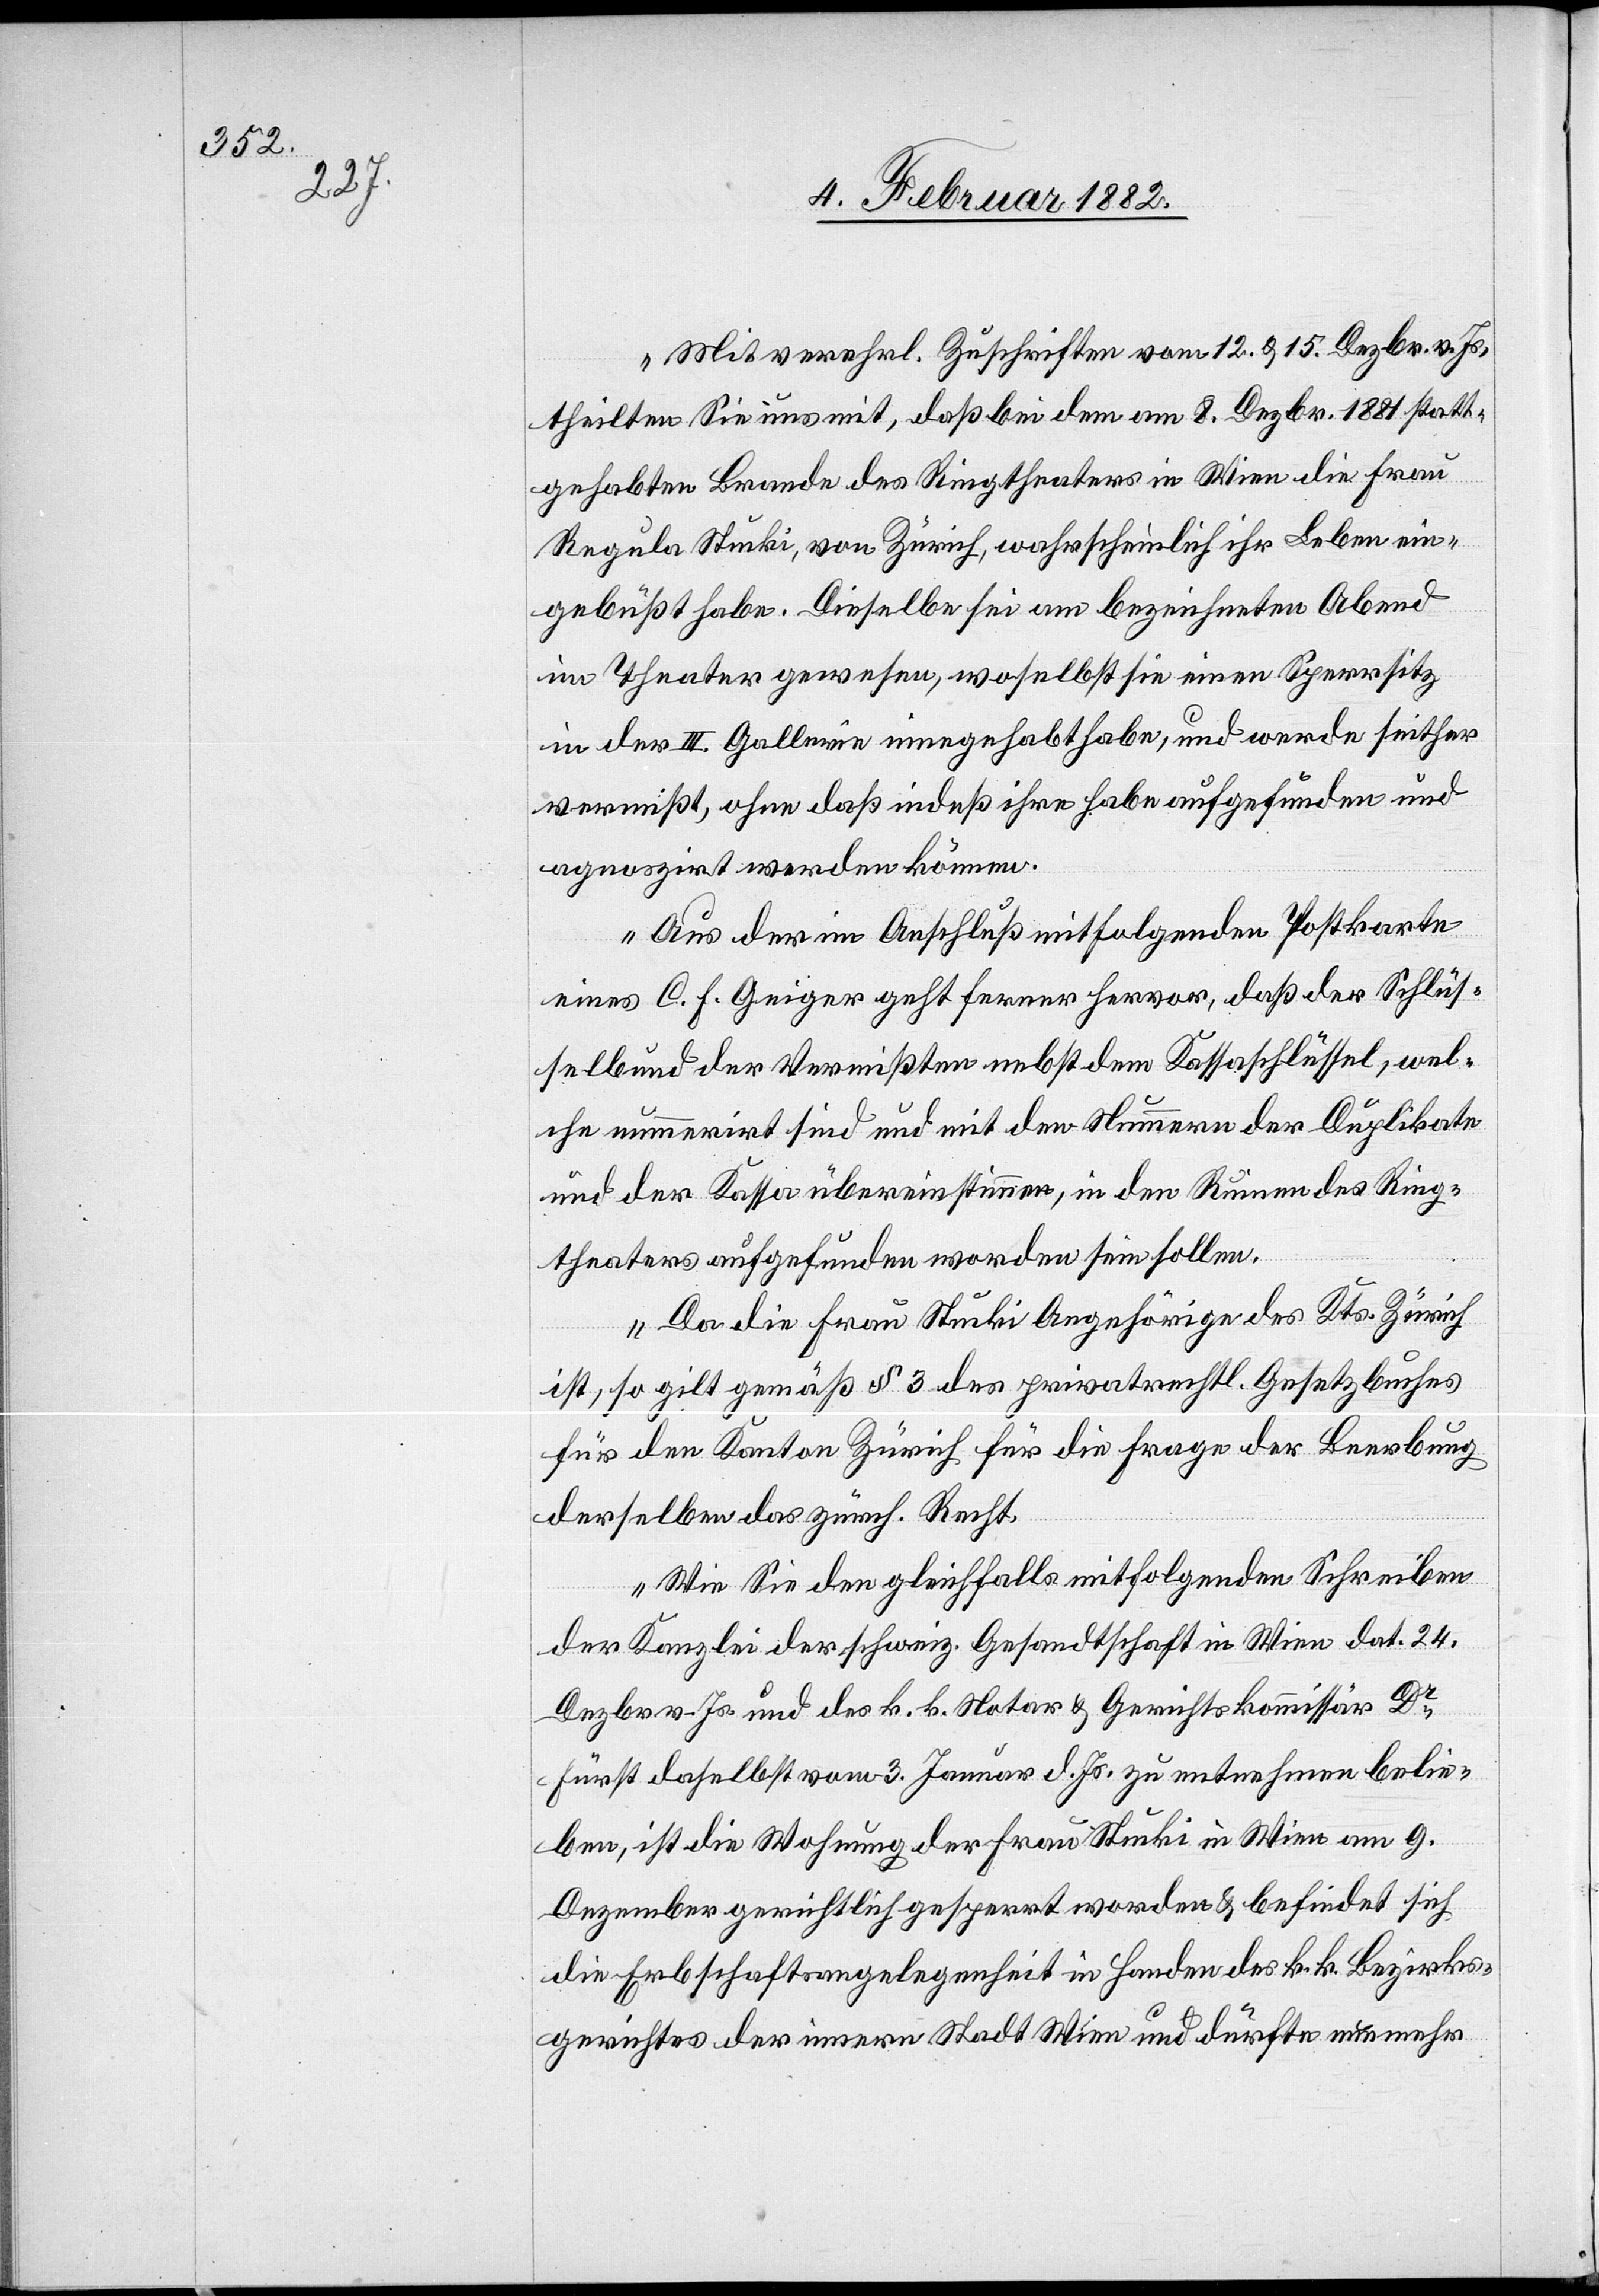
Mit verehrl. Zuschriften vom 12. & 15. Dezbr. v. Js.
theilten Sie uns mit, daß bei dem am 8. Dezbr. 1881 statt¬
gehabten Brande des Ringtheaters in Wien die Frau
Regula Stucki, von Zürich, wahrscheinlich ihr Leben ein¬
gebüßt habe. Dieselbe sei am bezeichneten Abend
im Theater gewesen, woselbst sie einen Sperrsitz
in der III. Gallerie innegehabt habe, und werde seither
vermißt, ohne daß indeß ihre Habe aufgefunden und
agnoszirt werden könne.
Aus der im Anschluß mitfolgender Postkarte
eines C. F. Geiger geht ferner hervor, daß der Schlüs¬
selbund der Vermißten nebst dem Kassaschlüssel, wel¬
che nummerirt sind und mit den Nummern der Duplikate
und der Kassa übereinstimmen, in den Räumen des Ring¬
theaters aufgefunden worden sein sollen.
Da die Frau Stucki Angehörige des Kts. Zürich
ist, so gilt gemäß § 3 des privatrechtl. Gesetzbuches
für den Kanton Zürich für die Frage der Beerbung
derselben das zürch. Recht.
Wie Sie den gleichfalls mitfolgendem Scheiben
der Kanzlei der schweiz. Gesandtschaft in Wien dat. 24.
Dezbr. v. Js. und des k. k. Notar & Gerichtskommissär Dr
Fürst daselbst vom 3. Januar d. Js. zu entnehmen belie¬
ben, ist die Wohnung der Frau Stucki in Wien am 9.
Dezember gerichtlich gesperrt worden & befindet sich
die Erbschaftsangelegenheit in Handen des k. k. Bezirks¬
gerichtes der inneren Stadt Wien und dürfte nunmehr